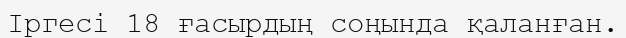
Іргесі 18 ғасырдың соңында қаланған.